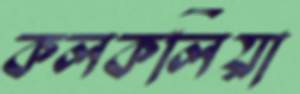
কলকলিয়া